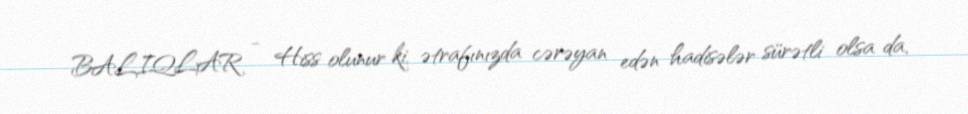
BALIQLAR - Hiss olunur ki, ətrafınızda cərəyan edən hadisələr sürətli olsa da,